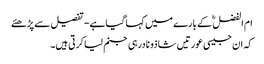
ام الفضل ؓ کے بارے میں کہا گیاہے- تفصیل سے پڑھئے
کہ ان جیسی عورتیں شاذو نادرہی جنم لیاکرتی ہیں۔